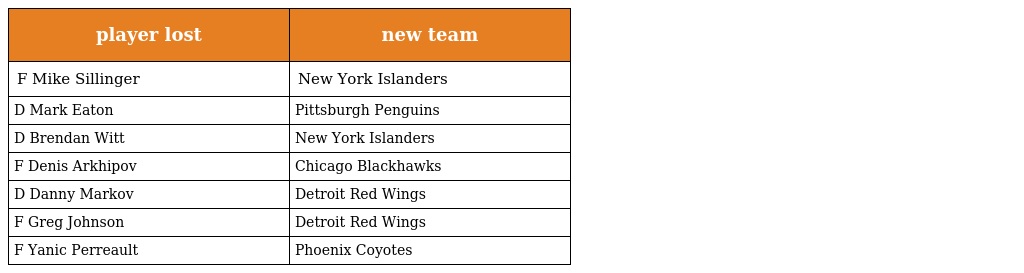
| player lost | new team |
 | --- | --- |
 | F Mike Sillinger | New York Islanders |
 | D Mark Eaton | Pittsburgh Penguins |
 | D Brendan Witt | New York Islanders |
 | F Denis Arkhipov | Chicago Blackhawks |
 | D Danny Markov | Detroit Red Wings |
 | F Greg Johnson | Detroit Red Wings |
 | F Yanic Perreault | Phoenix Coyotes |